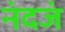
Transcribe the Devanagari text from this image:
नंदजं